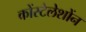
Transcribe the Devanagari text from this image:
कोंस्टेलेशोंन